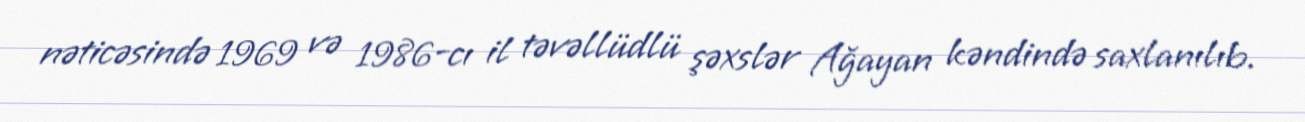
nəticəsində 1969 və 1986-cı il təvəllüdlü şəxslər Ağayan kəndində saxlanılıb.